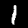
Digit: 1